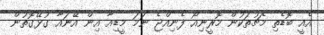
އެއީ ބޮޑެތި މެޗުތަކުން މޮރީނިއޯ ފެނިއްޖެ ނަމަ މީޑިއާ އިން އޭނައާ ގުޅޭގޮތުން